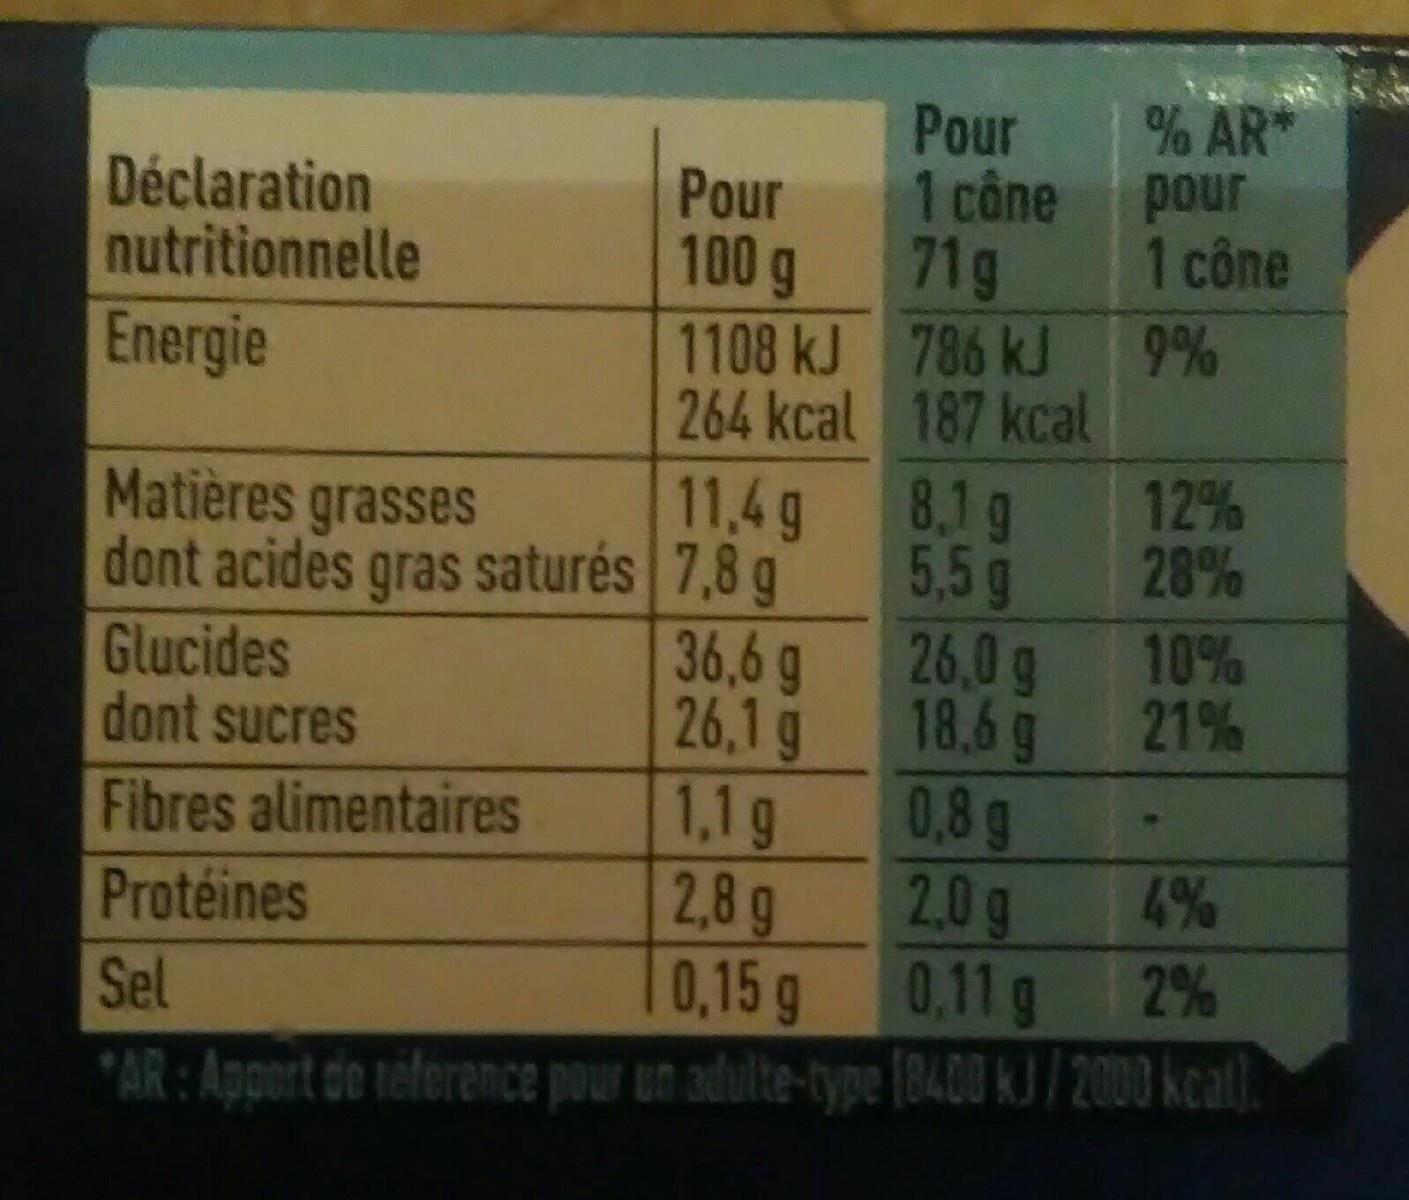
Déclaration nutritionnelle
Energie
Matières grasses dont acides gras saturés
Pour
100 g
Glucides
dont sucres
Fibres alimentaires
Protéines
1108 kJ
264 kcal
11,4 g
7,8 g
Pour
1 cône
71g
786 kJ
187 kcal
8,1 g
5,5 g
% AR
pour
1 cône
9%
12%
28%
36,6 g
26,0 g
26,1 g
18,6 g
1,1 g
0,8 g
2,8 g
2,0 g
4%
0,15 g
0,11 g
Sel
2%
*AR: Apport de reference pour un adulte-type (8400 kJ/2000 kcal).
10%
21%